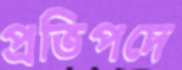
প্রতিপদে